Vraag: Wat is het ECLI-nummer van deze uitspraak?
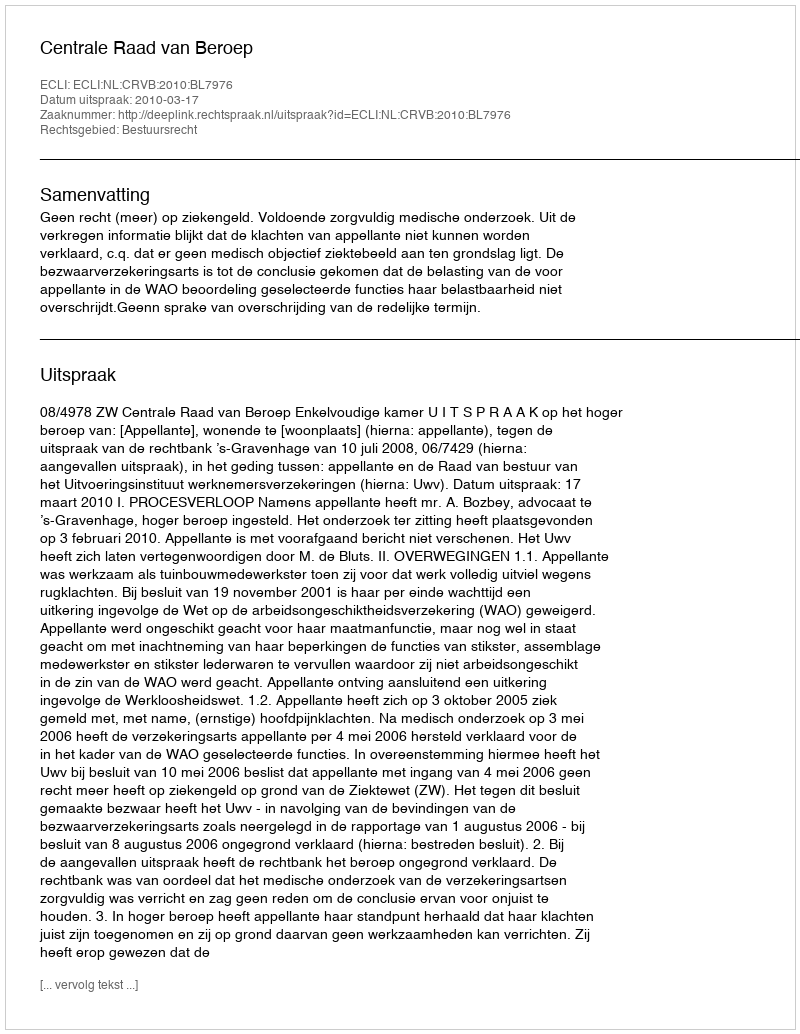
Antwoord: ECLI:NL:CRVB:2010:BL7976